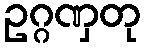
ဥဂ္ဂဏှတု